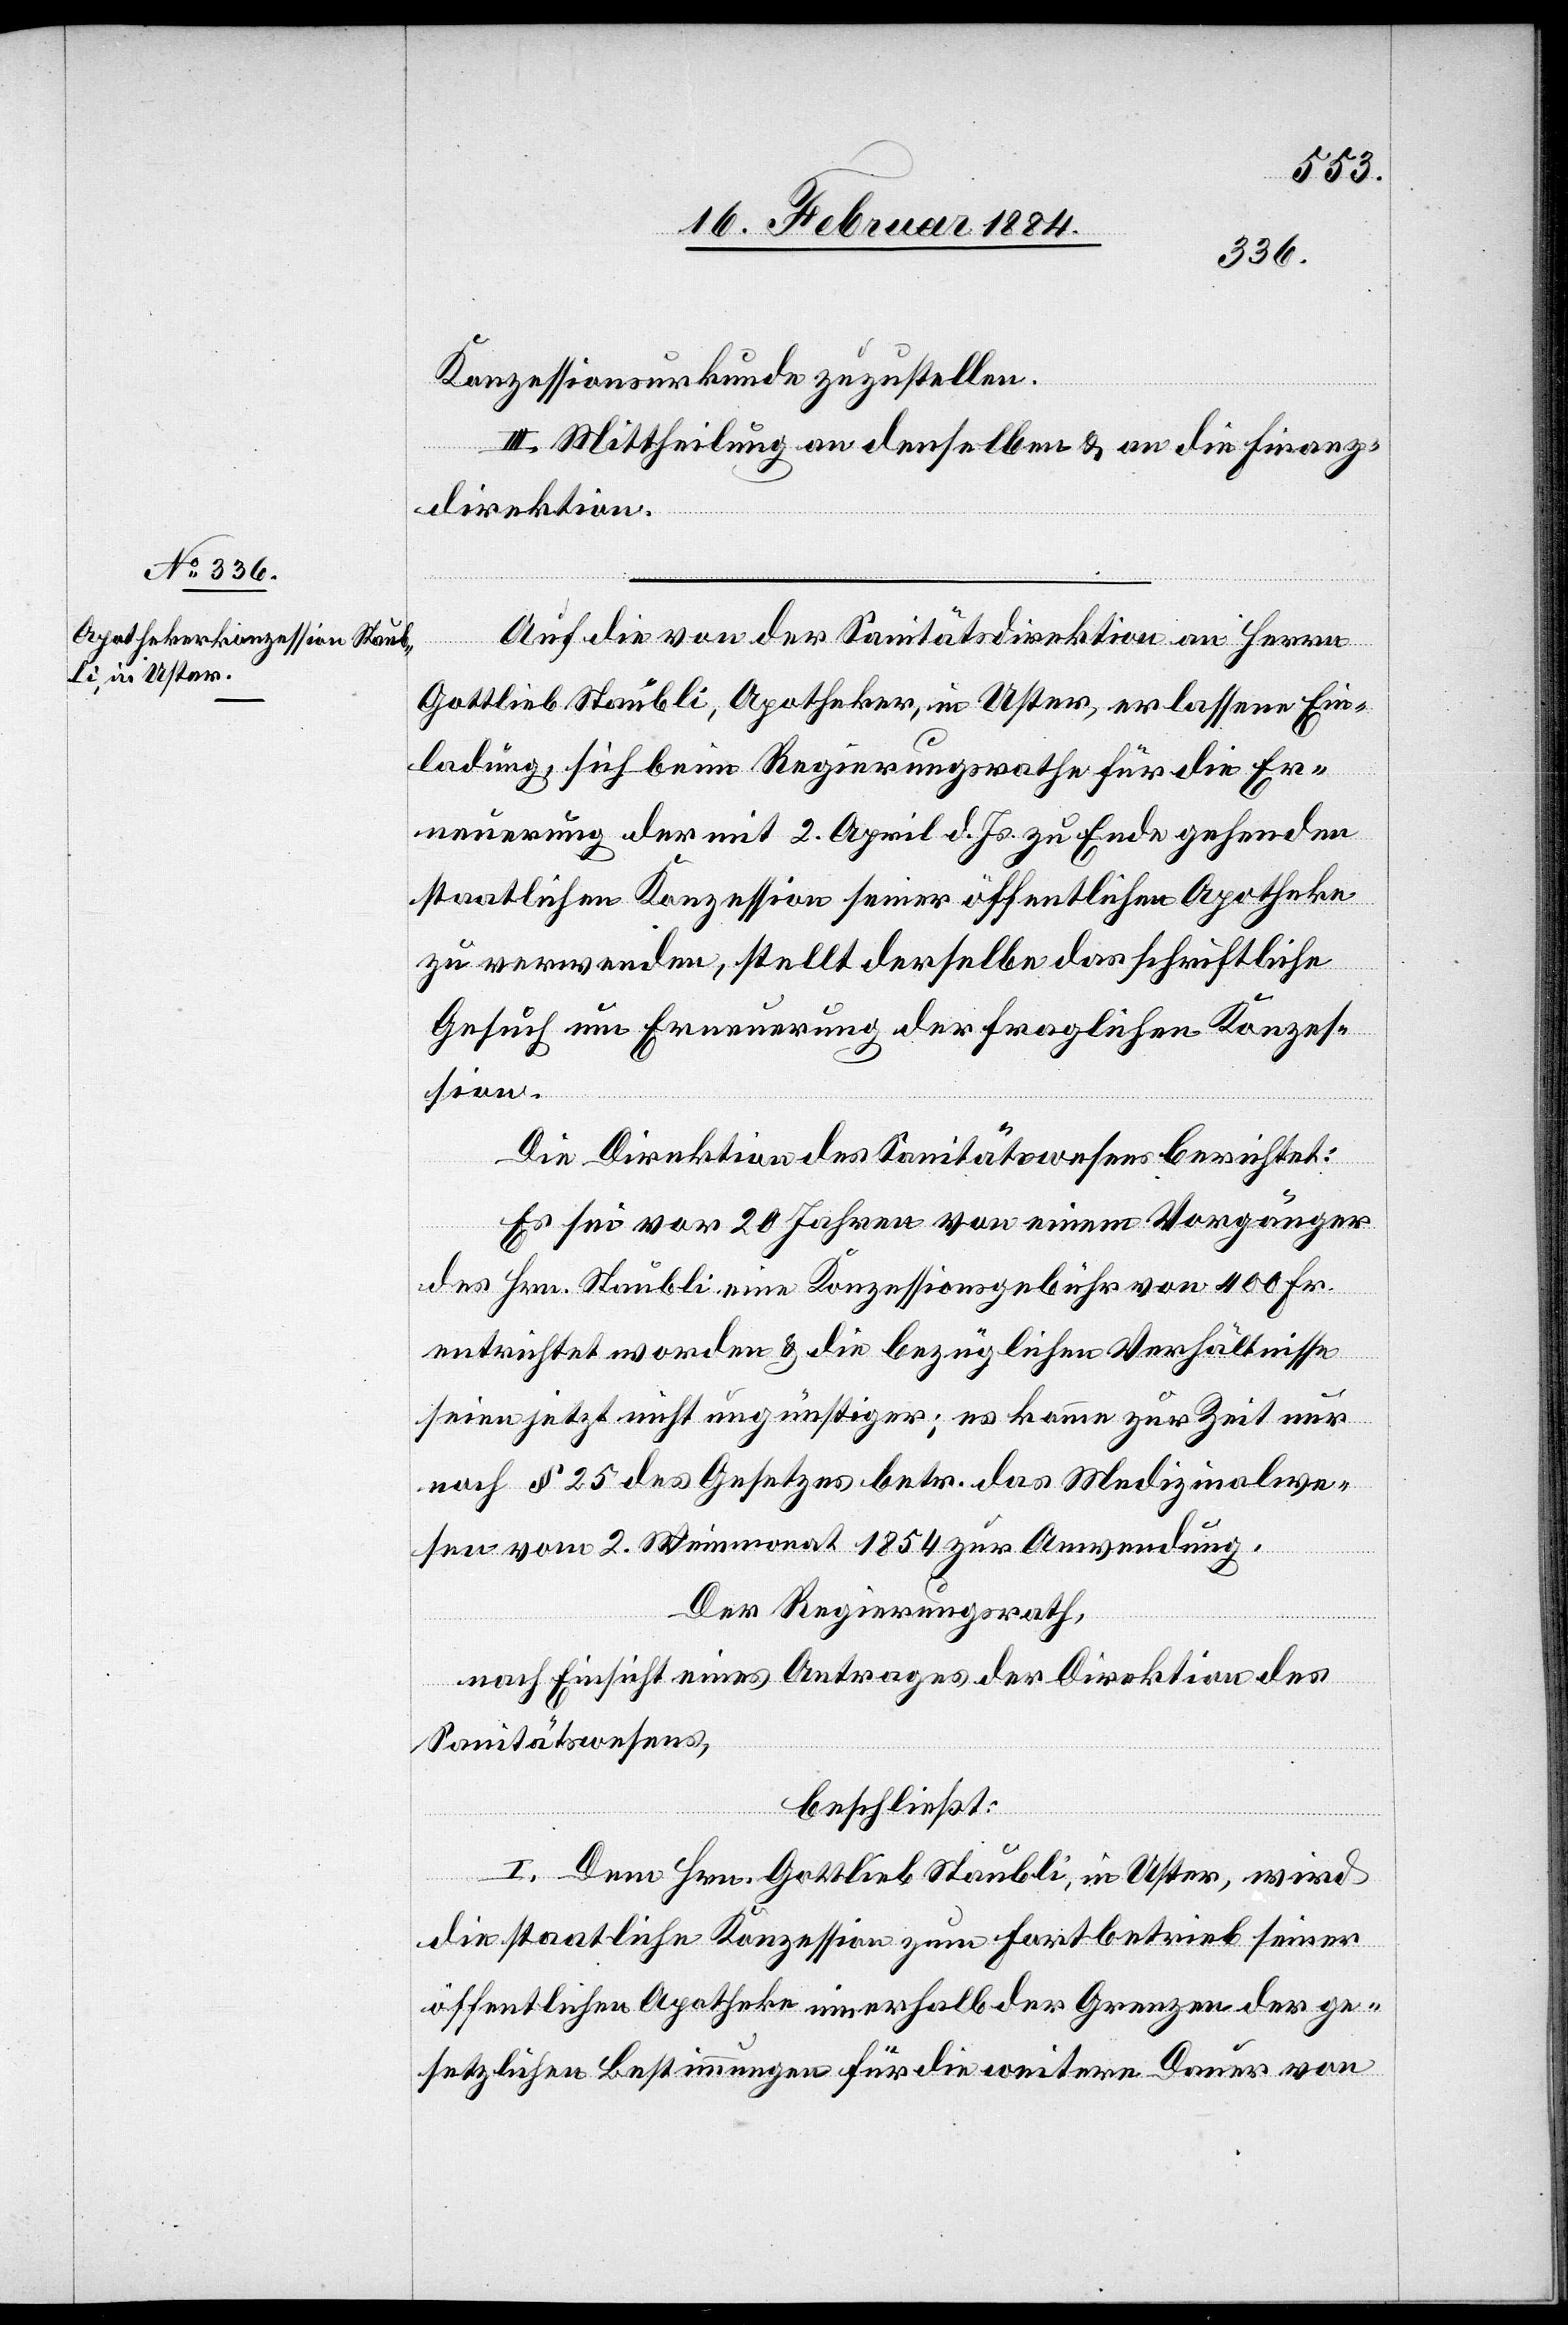
Konzessionsurkunde zuzustellen.
III. Mittheilung an denselben & an die Finanz¬
direktion.
Auf die von der Sanitätsdirektion an Herrn
Gottlieb Staubli, Apotheker, in Uster, erlassene Ein¬
ladung, sich beim Regierungsrathe für die Er¬
neuerung der mit 2. April d. Js. zu Ende gehenden
stattlichen Konzession seiner öffentlichen Apotheke
zu verwenden, stellt derselbe das schriftliche
Gesuch um Erneuerung der fraglichen Konzes¬
sion.
Die Direktion des Sanitätswesens berichtet:
Es sei vor 20 Jahren von einem Vorgänger
des Hrn. Staubli eine Konzessionsgebühr von 400 Fr.
entrichtet worden & die bezüglichen Verhältnisse
seien jetzt nicht ungünstiger; es komme zur Zeit nur
nach § 25 des Gesetzes betr. das Medizinalwe¬
sen vom 2. Maimonat 1854 zur Anwendung.
Der Regierungsrath,
nach Einsicht eines Antrages der Direktion des
Sanitätswesens,
beschließt:
I. Dem Hrn. Gottlieb Staubli, in Uster, wird
die staatliche Konzession zum Fortbetrieb seiner
öffentlichen Apotheke innerhalb der Grenzen der ge¬
setzlichen Bestimmungen für die weitere Dauer von